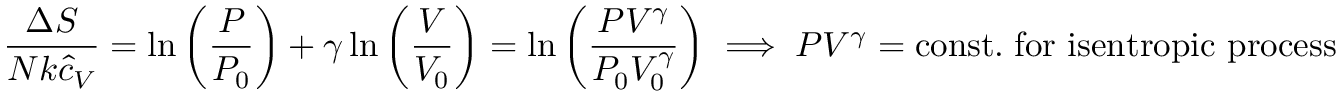
{ \frac { \Delta S } { N k { \hat { c } } _ { V } } } = \ln \left( { \frac { P } { P _ { 0 } } } \right) + \gamma \ln \left( { \frac { V } { V _ { 0 } } } \right) = \ln \left( { \frac { P V ^ { \gamma } } { P _ { 0 } V _ { 0 } ^ { \gamma } } } \right) \implies P V ^ { \gamma } = \mathrm { c o n s t . } \; { \mathrm { f o r ~ i s e n t r o p i c ~ p r o c e s s } }